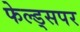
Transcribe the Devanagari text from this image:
फेल्ड्सपर